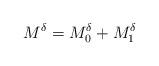
LaTeX: \begin{align*}M^\delta = M^\delta_0 + M^\delta_1 \end{align*}